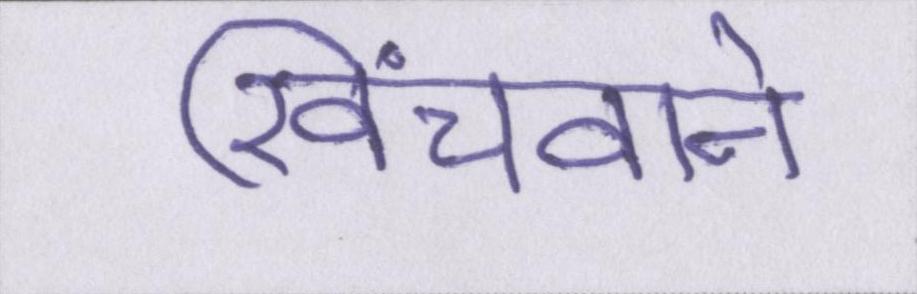
खिंचवाने